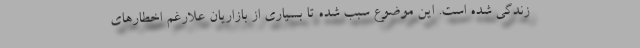
زندگی شده است. این موضوع سبب شده تا بسیاری از بازاریان علارغم اخطارهای